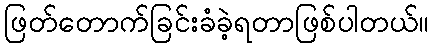
ဖြတ်တောက်ခြင်းခံခဲ့ရတာဖြစ်ပါတယ်။